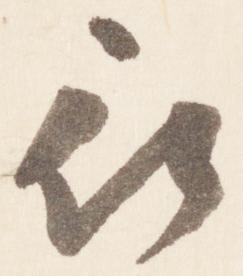
被